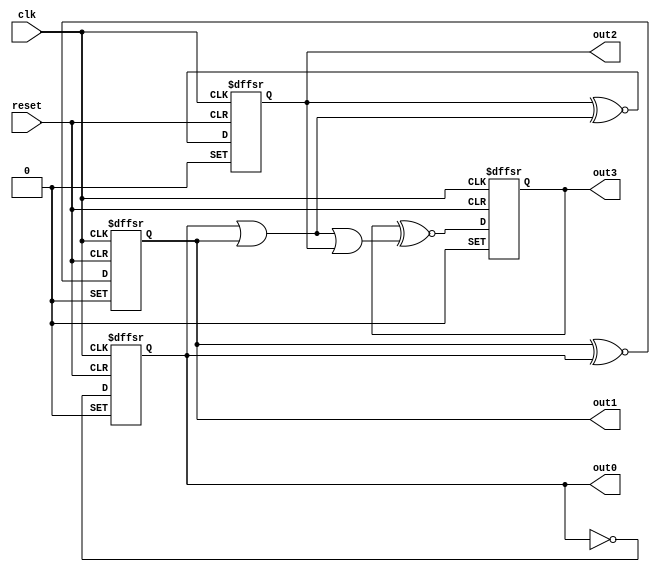
// Copyright (C) 2017  Intel Corporation. All rights reserved.
// Your use of Intel Corporation's design tools, logic functions 
// and other software and tools, and its AMPP partner logic 
// functions, and any output files from any of the foregoing 
// (including device programming or simulation files), and any 
// associated documentation or information are expressly subject 
// to the terms and conditions of the Intel Program License 
// Subscription Agreement, the Intel Quartus Prime License Agreement,
// the Intel FPGA IP License Agreement, or other applicable license
// agreement, including, without limitation, that your use is for
// the sole purpose of programming logic devices manufactured by
// Intel and sold by Intel or its authorized distributors.  Please
// refer to the applicable agreement for further details.

// PROGRAM		"Quartus Prime"
// VERSION		"Version 17.1.0 Build 590 10/25/2017 SJ Standard Edition"
// CREATED		"Wed Jan 17 14:16:03 2018"

module SynchDownCounter(
	reset,
	clk,
	out2,
	out3,
	out1,
	out0
);


input wire	reset;
input wire	clk;
output wire	out2;
output wire	out3;
output wire	out1;
output wire	out0;

wire	SYNTHESIZED_WIRE_0;
wire	SYNTHESIZED_WIRE_10;
wire	SYNTHESIZED_WIRE_2;
reg	SYNTHESIZED_WIRE_11;
reg	SYNTHESIZED_WIRE_12;
reg	SYNTHESIZED_WIRE_13;
wire	SYNTHESIZED_WIRE_4;
wire	SYNTHESIZED_WIRE_6;
wire	SYNTHESIZED_WIRE_8;
reg	DFF_inst;
wire	SYNTHESIZED_WIRE_9;

assign	out2 = SYNTHESIZED_WIRE_13;
assign	out3 = DFF_inst;
assign	out1 = SYNTHESIZED_WIRE_12;
assign	out0 = SYNTHESIZED_WIRE_11;
assign	SYNTHESIZED_WIRE_10 = 1;




always@(posedge clk or negedge reset or negedge SYNTHESIZED_WIRE_10)
begin
if (!reset)
	begin
	DFF_inst <= 0;
	end
else
if (!SYNTHESIZED_WIRE_10)
	begin
	DFF_inst <= 1;
	end
else
	begin
	DFF_inst <= SYNTHESIZED_WIRE_0;
	end
end


always@(posedge clk or negedge reset or negedge SYNTHESIZED_WIRE_10)
begin
if (!reset)
	begin
	SYNTHESIZED_WIRE_13 <= 0;
	end
else
if (!SYNTHESIZED_WIRE_10)
	begin
	SYNTHESIZED_WIRE_13 <= 1;
	end
else
	begin
	SYNTHESIZED_WIRE_13 <= SYNTHESIZED_WIRE_2;
	end
end

assign	SYNTHESIZED_WIRE_8 = SYNTHESIZED_WIRE_11 | SYNTHESIZED_WIRE_12;

assign	SYNTHESIZED_WIRE_9 = SYNTHESIZED_WIRE_12 | SYNTHESIZED_WIRE_11 | SYNTHESIZED_WIRE_13;



always@(posedge clk or negedge reset or negedge SYNTHESIZED_WIRE_10)
begin
if (!reset)
	begin
	SYNTHESIZED_WIRE_12 <= 0;
	end
else
if (!SYNTHESIZED_WIRE_10)
	begin
	SYNTHESIZED_WIRE_12 <= 1;
	end
else
	begin
	SYNTHESIZED_WIRE_12 <= SYNTHESIZED_WIRE_4;
	end
end


always@(posedge clk or negedge reset or negedge SYNTHESIZED_WIRE_10)
begin
if (!reset)
	begin
	SYNTHESIZED_WIRE_11 <= 0;
	end
else
if (!SYNTHESIZED_WIRE_10)
	begin
	SYNTHESIZED_WIRE_11 <= 1;
	end
else
	begin
	SYNTHESIZED_WIRE_11 <= SYNTHESIZED_WIRE_6;
	end
end

assign	SYNTHESIZED_WIRE_6 =  ~SYNTHESIZED_WIRE_11;

assign	SYNTHESIZED_WIRE_4 = SYNTHESIZED_WIRE_12 ~^ SYNTHESIZED_WIRE_11;

assign	SYNTHESIZED_WIRE_2 = SYNTHESIZED_WIRE_13 ~^ SYNTHESIZED_WIRE_8;

assign	SYNTHESIZED_WIRE_0 = DFF_inst ~^ SYNTHESIZED_WIRE_9;


endmodule